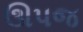
ઊપજ